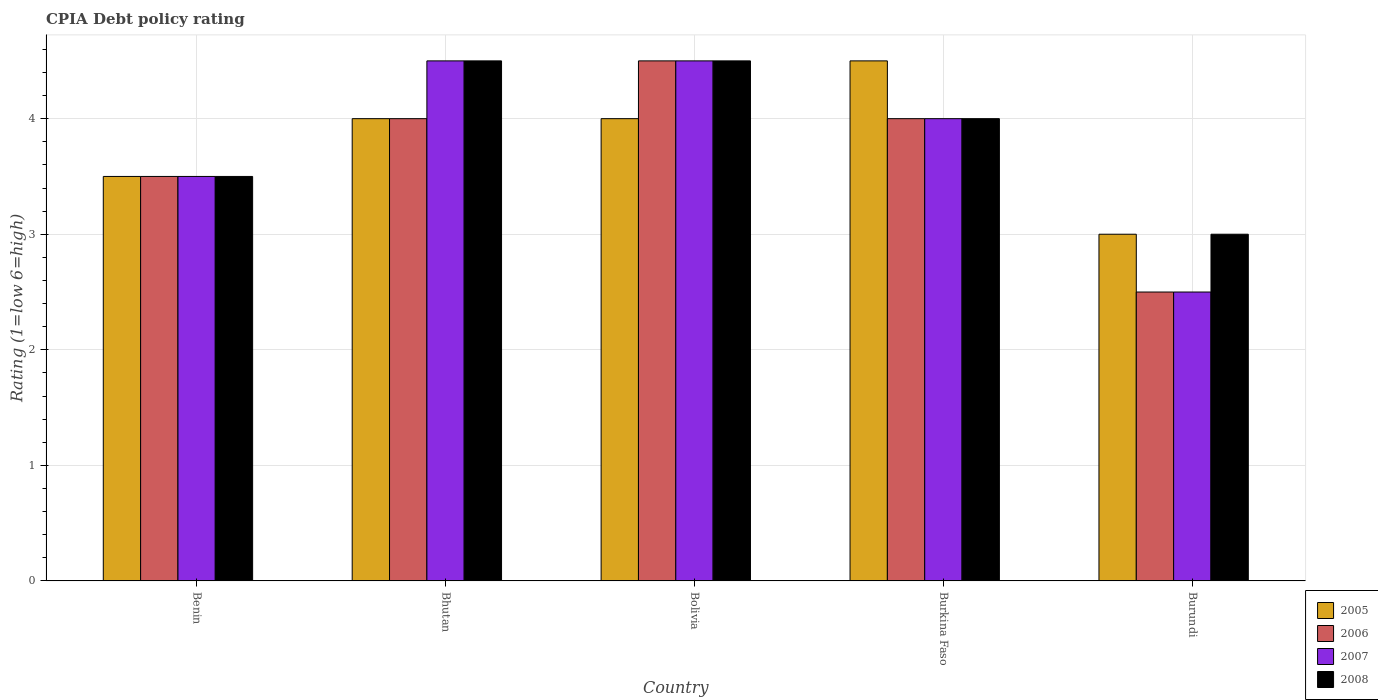
| Country | 2005 | 2006 | 2007 | 2008 |
 | --- | --- | --- | --- | --- |
 | Benin | 3.5 | 3.5 | 3.5 | 3.5 |
 | Bhutan | 4 | 4 | 4.5 | 4.5 |
 | Bolivia | 4 | 4.5 | 4.5 | 4.5 |
 | Burkina Faso | 4.5 | 4 | 4 | 4 |
 | Burundi | 3 | 2.5 | 2.5 | 3 |